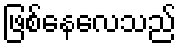
ဖြစ်နေလေသည်